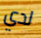
لدي